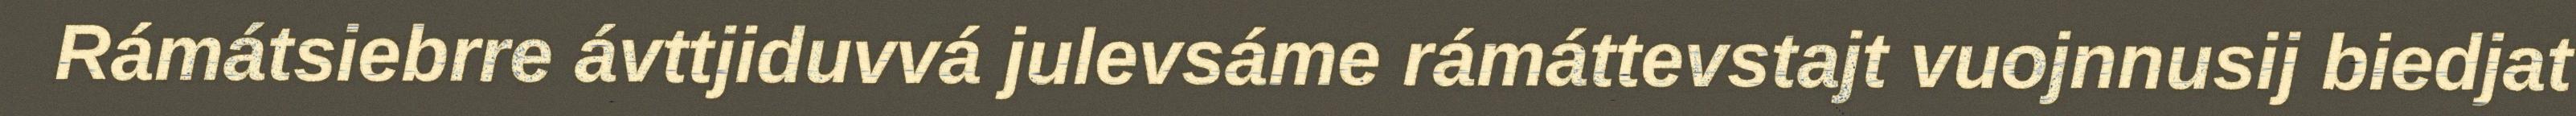
Rámátsiebrre ávttjiduvvá julevsáme rámáttevstajt vuojnnusij biedjat